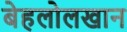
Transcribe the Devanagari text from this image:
बेहलोलखान